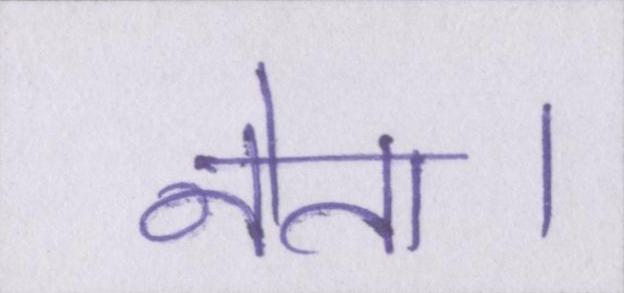
नेता।